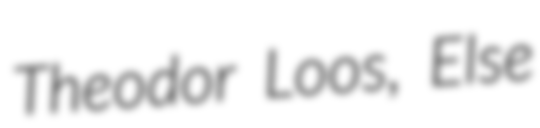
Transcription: Theodor Loos, Else